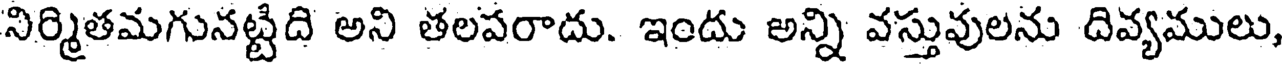
నిర్మితమగునట్టిది అని తలపరాదు. ఇందు అన్ని వస్తువులను దివ్యములు,